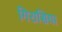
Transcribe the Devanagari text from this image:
गिरासिया